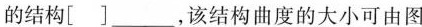
的结构[]___，该结构曲度的大小可由图